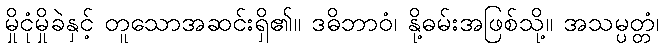
မှိုငုံမှိုခဲနှင့် တူသောအဆင်းရှိ၏။ ဒဓိဘာဝံ၊ နို့ဓမ်းအဖြစ်သို့။ အသမ္ပတ္တံ၊